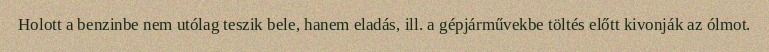
Holott a benzinbe nem utólag teszik bele, hanem eladás, ill. a gépjárművekbe töltés előtt kivonják az ólmot.